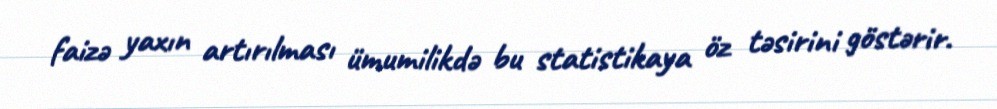
faizə yaxın artırılması ümumilikdə bu statistikaya öz təsirini göstərir.